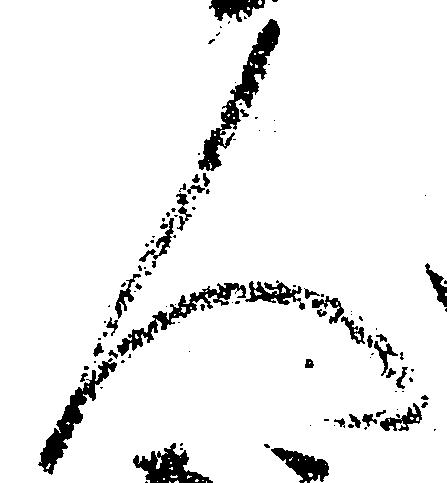
人